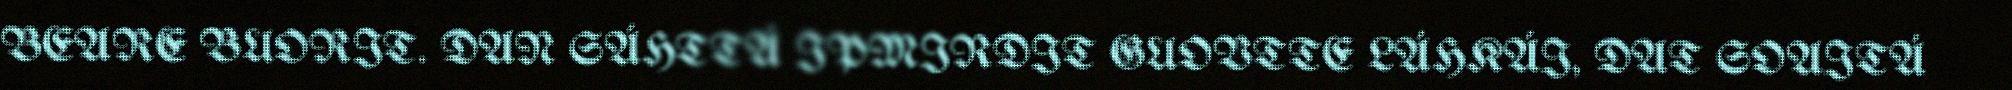
BEARE BUORIT. DAN SÁHTTÁ IPMIRDIT GUOVTTE LÁHKÁI, DAT SOAITÁ